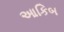
આકિબ